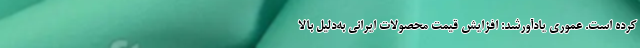
کرده است. عموری یادآورشد: افزایش قیمت محصولات ایرانی به‌دلیل بالا